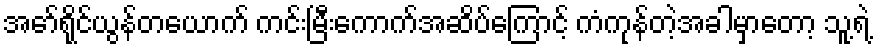
အော်ရိုင်ယွန်တယောက် ကင်းမြီးကောက်အဆိပ်ကြောင့် ကံကုန်တဲ့အခါမှာတော့ သူ့ရဲ့